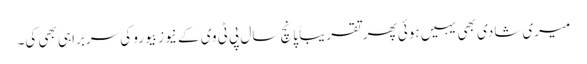
میری شادی بھی یہیں ہوئی پھر تقریباً پانچ سال پی ٹی وی کے نیوز بیورو کی سربراہی بھی کی۔